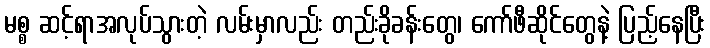
မစ္စ ဆင့်ရာအလုပ်သွားတဲ့ လမ်းမှာလည်း တည်းခိုခန်းတွေ၊ ကော်ဖီဆိုင်တွေနဲ့ ပြည့်နေပြီး